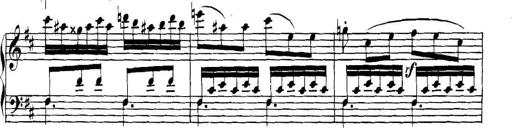
Title: Collected Piano Sonatas
Composer: Muzio Clementi